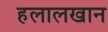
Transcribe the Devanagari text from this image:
हलालखान